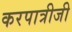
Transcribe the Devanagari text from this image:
करपात्रीजी